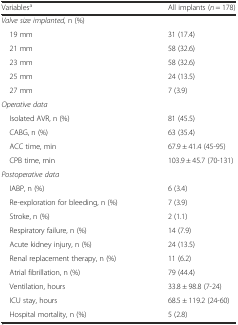
| Variablesa | All implants (n = 178) |
 | --- | --- |
 | Valve size implanted, n (%) |  |
 | 19 mm | 31 (17.4) |
 | 21 mm | 58 (32.6) |
 | 23 mm | 58 (32.6) |
 | 25 mm | 24 (13.5) |
 | 27 mm | 7 (3.9) |
 | Operative data |  |
 | Isolated AVR, n (%) | 81 (45.5) |
 | CABG, n (%) | 63 (35.4) |
 | ACC time, min | 67.9 ± 41.4 (45-95) |
 | CPB time, min | 103.9 ± 45.7 (70-131) |
 | Postoperative data |  |
 | IABP, n (%) | 6 (3.4) |
 | Re-exploration for bleeding, n (%) | 7 (3.9) |
 | Stroke, n (%) | 2 (1.1) |
 | Respiratory failure, n (%) | 14 (7.9) |
 | Acute kidney injury, n (%) | 24 (13.5) |
 | Renal replacement therapy, n (%) | 11 (6.2) |
 | Atrial fibrillation, n (%) | 79 (44.4) |
 | Ventilation, hours | 33.8 ± 98.8 (7-24) |
 | ICU stay, hours | 68.5 ± 119.2 (24-60) |
 | Hospital mortality, n (%) | 5 (2.8) |